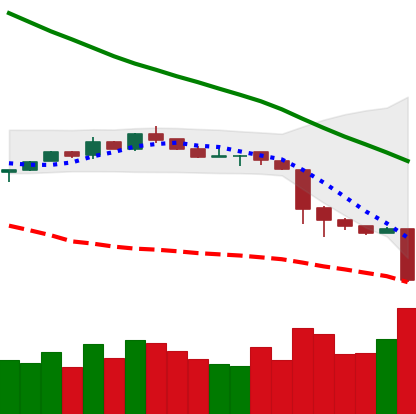
Ticker: NEO-USD
Chart end date: 2018-11-19
Forward return: -26.464%
Label: down_7plus